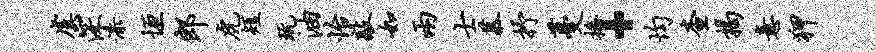
虞深漆垣郎虎短玩油怡敲如两士慕抒蔓播·均查揭意狎